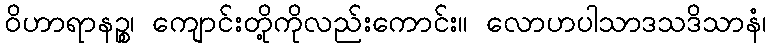
ဝိဟာရာနဉ္စ၊ ကျောင်းတို့ကိုလည်းကောင်း။ လောဟပါသာဒသဒိသာနံ၊